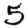
Digit: 5